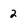
Character: 2